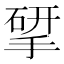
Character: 揅